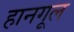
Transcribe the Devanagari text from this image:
हानगूल